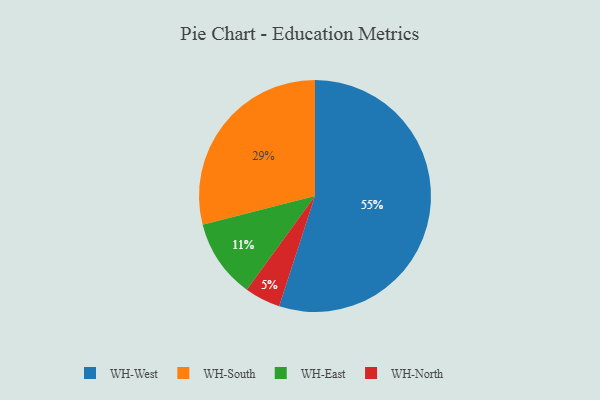
{"axis": {"x": "Category", "y": "Percentage"}, "legend": ["WH-East", "WH-North", "WH-South", "WH-West"], "data": [{"x": "WH-East", "y": 11, "type": "WH-East"}, {"x": "WH-South", "y": 29, "type": "WH-South"}, {"x": "WH-North", "y": 5, "type": "WH-North"}, {"x": "WH-West", "y": 55, "type": "WH-West"}]}